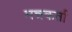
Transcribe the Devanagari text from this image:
मन्त्रकर्ता